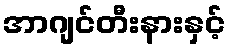
အာဂျင်တီးနားနှင့်